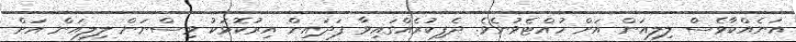
އަނެއްކާވެސް ލިލިއަން އަށް ހުއްޓެވުނެވެ. ދެފިކުރެއްގައިވާ ފަދަައިން އިރުކޮޅަކު ވިސްނަން ލިލިއަން އަށް